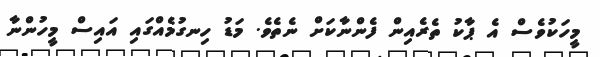
މީހަކުވެސް އެ ޕާކު ތެރެއިން ފެންނާކަށް ނެތެވެ. މަޑު ހިނގުމެއްގައި އައިސް މީހުންނާ